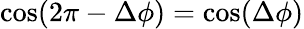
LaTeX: \cos(2\pi-\Delta\phi)=\cos(\Delta\phi)